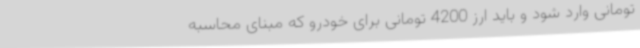
تومانی وارد شود و باید ارز 4200 تومانی برای خودرو که مبنای محاسبه